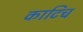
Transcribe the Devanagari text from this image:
काटिच